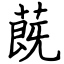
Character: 蔇